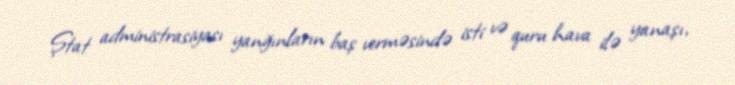
Ştat administrasiyası yanğınların baş verməsində isti və quru hava ilə yanaşı,